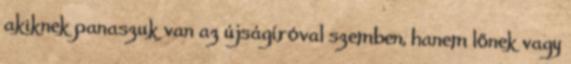
akiknek panaszuk van az újságíróval szemben, hanem lőnek vagy